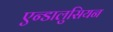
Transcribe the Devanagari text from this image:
एन्डालुसियन